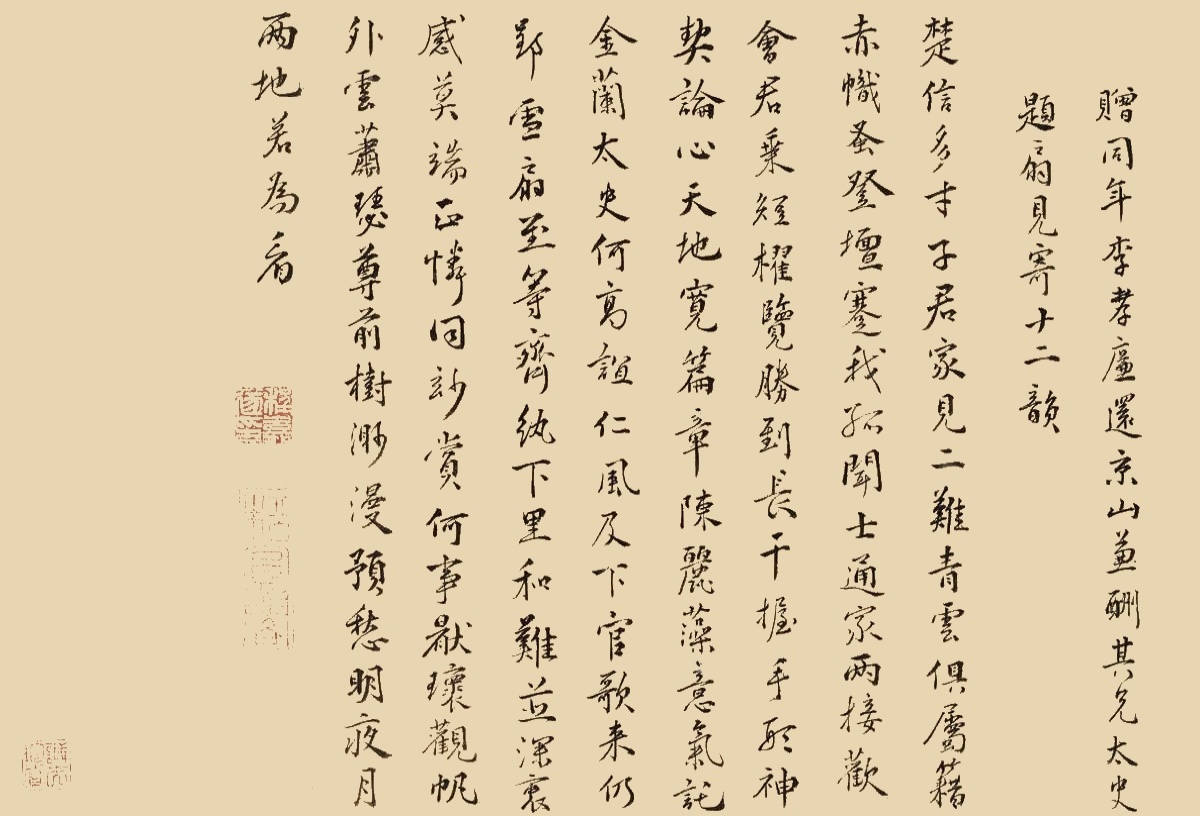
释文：赠同年李孝廉还京山兼酬其兄太史题扇见寄十二韵。楚信多才子，君家见二难。青云俱属籍，赤帜蚤登坛。蹇我孤闻士，通家两接欢。会君乘短权，览胜到长干。握手形神契，论心天地宽。篇章陈丽藻，意气托金兰。太史何高谊，仁风及下官。歌来仍郢雪，扇至等齐纨。下里和难并，深衷感莫端。正怜同妙赏，何事厌环观。帆外云萧瑟，尊前树渺漫。预愁明夜月，两地若为看。程嘉燧印（白）松圆阁（朱）